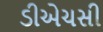
ડીએચસી